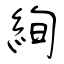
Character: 絢